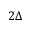
2 \Delta